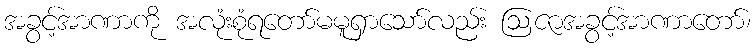
အခွင့်အာဏာကို အလုံးစုံရတော်မမူရှာသော်လည်း ဩဇာအခွင့်အာဏာတော်၊